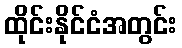
ထိုင်းနိုင်ငံအတွင်း